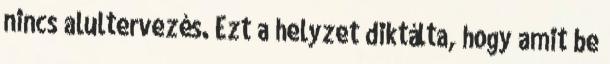
nincs alultervezés. Ezt a helyzet diktálta, hogy amit be